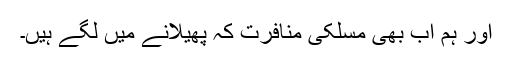
اور ہم اب بھی مسلکی منافرت کہ پھیلانے میں لگے ہیں۔